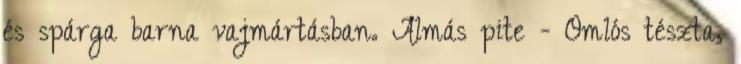
és spárga barna vajmártásban. Almás pite - Omlós tészta,